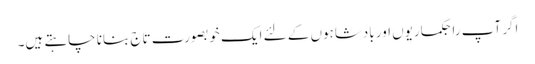
اگر آپ راجکماریوں اور بادشاہوں کے لئے ایک خوبصورت تاج بنانا چاہتے ہیں۔